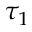
\tau _ { 1 }